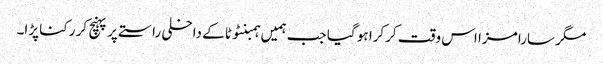
مگر سارا مزا اس وقت کرکرا ہو گیا جب ہمیں ہمبنٹوٹا کے داخلی راستے پر پہنچ کر رکنا پڑا۔